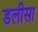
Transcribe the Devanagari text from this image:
डलीसा